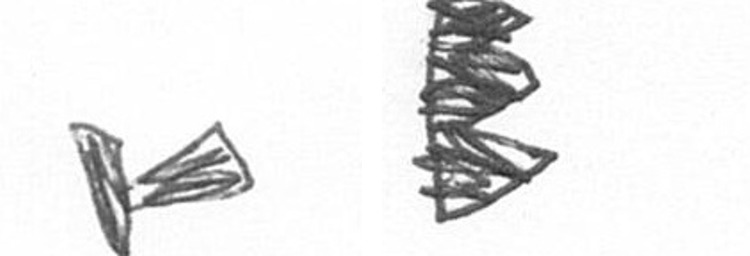
F H